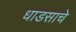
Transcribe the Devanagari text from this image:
धाडसाचे